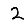
Digit: 2